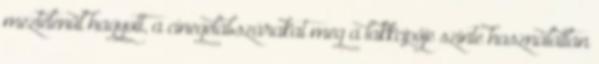
meztelenül hagyott, a cinegelábszárakat meg a lakkcipője szinte használatlan